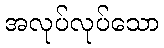
အလုပ်လုပ်သော